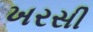
ખરસી